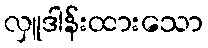
လှူဒါန်းထားသော